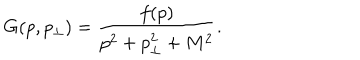
G ( p , p _ { \perp } ) = \frac { f ( p ) } { p ^ { 2 } + p _ { \perp } ^ { 2 } + M ^ { 2 } } .